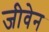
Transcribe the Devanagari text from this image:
जीवेन